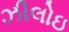
ઝીલોઇ